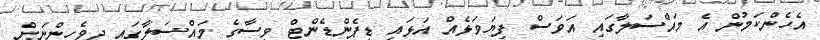
އެހެންކަމުން އެ މައްސަލާގައި އަވަސް ފިޔަވަޅެއް އަޅައި ޑިޕެންޑެންޓް ވިސާގެ މައްސަލާގައި ދިވެހިންނަށް